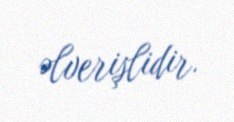
əlverişlidir.